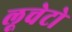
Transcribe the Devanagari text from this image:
लूचेटो